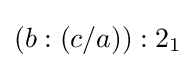
(b:(c/a)):2_{1}